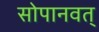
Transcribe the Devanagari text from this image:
सोपानवत्‌